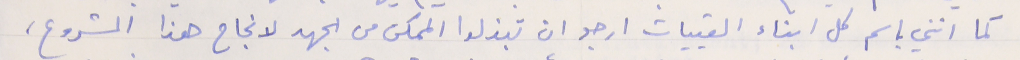
كما انني باسم كل ابناء القبيات ارجو ان تبذلوا الممكن من الجهد لانجاح هذا المشروع،